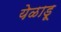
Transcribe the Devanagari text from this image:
येळाडू